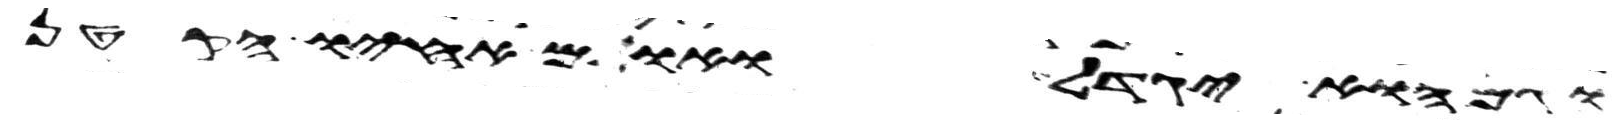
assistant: וגם הוא יגדל ואולם אחיו הקטן